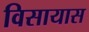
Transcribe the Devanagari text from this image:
विसायास